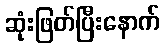
ဆုံးဖြတ်ပြီးနောက်